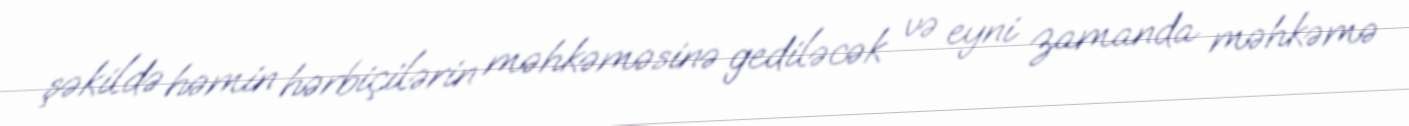
şəkildə həmin hərbiçilərin məhkəməsinə gediləcək və eyni zamanda məhkəmə